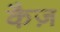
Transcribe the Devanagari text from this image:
कैज़